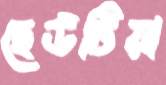
ছেউটিয়া